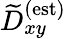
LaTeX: \widetilde{D}_{xy}^{\textrm{(est)}}